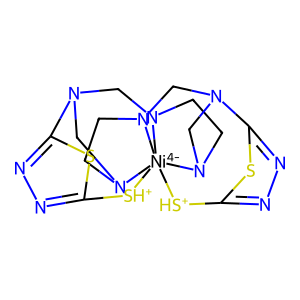
SMILES: C1CN2CN3CN4CCN5CN6CN1[Ni-4]524([SH+]c1nnc6s1)[SH+]c1nnc3s1
Inhibits HIV replication: No